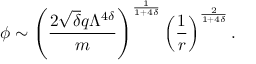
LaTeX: \phi \sim \left( \frac { 2 \sqrt { \delta } q \Lambda ^ { 4 \delta } } { m } \right) ^ { \frac { 1 } { 1 + 4 \delta } } \left( \frac { 1 } { r } \right) ^ { \frac { 2 } { 1 + 4 \delta } } .